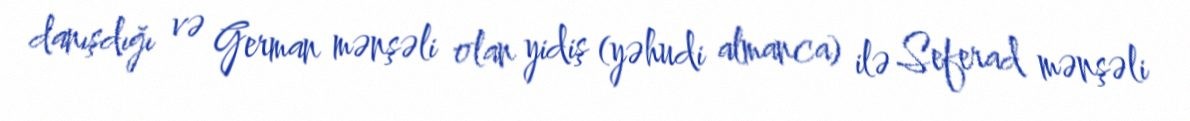
danışdığı və German mənşəli olan yidiş (yəhudi almanca) ilə Seferad mənşəli